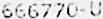
666770-U